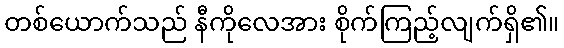
တစ်ယောက်သည် နီကိုလေအား စိုက်ကြည့်လျက်ရှိ၏။